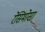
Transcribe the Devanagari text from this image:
रेसिमोसा